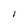
Character: I